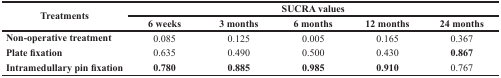
| <ROWSPAN=2> Treatments | <COLSPAN=5> SUCRA values |
 | 6 weeks | 3 months | 6 months | 12 months | 24 months |
 | --- | --- | --- | --- | --- | --- |
 | Non-operative treatment | 0.085 | 0.125 | 0.005 | 0.165 | 0.367 |
 | Plate fixation | 0.635 | 0.490 | 0.500 | 0.430 | 0.867 |
 | Intramedullary pin fixation | 0.780 | 0.885 | 0.985 | 0.910 | 0.767 |